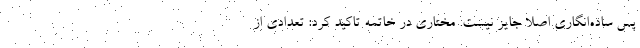
پس ساده‌انگاری اصلا جایز نیست. مختاری در خاتمه تاکید کرد: تعدادی از